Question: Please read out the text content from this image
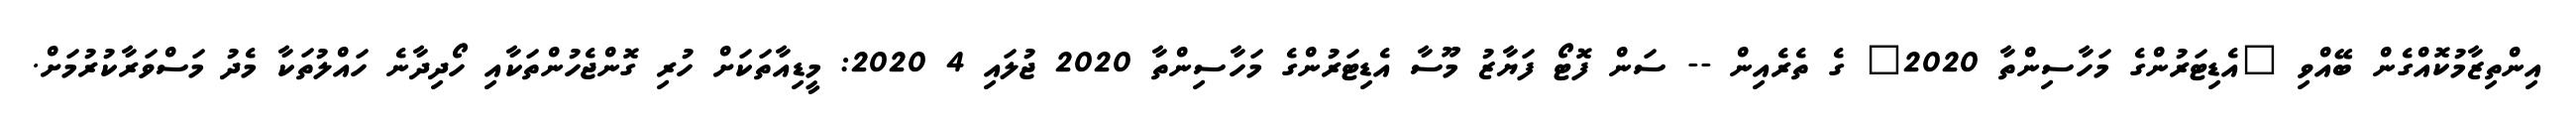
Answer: އިންތިޒާމުކޮއްގެން ބޭއްވި "އެޑިޓަރުންގެ މަހާސިންތާ 2020" ގެ ތެރެއިން -- ސަން ފޮޓޯ ފަޔާޒު މޫސާ އެޑިޓަރުންގެ މަހާސިންތާ 2020 ޖުލައި 4 2020: މީޑިއާތަކަށް ހުރި ގޮންޖެހުންތަކާއި ހޯދިދާނެ ހައްލުތަކާ މެދު މަސްވަރާކުރުމަށް.